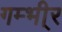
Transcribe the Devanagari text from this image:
गम्भी्र